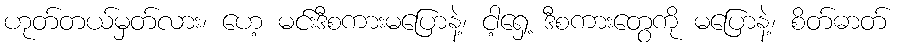
ဟုတ်တယ်မှတ်လား၊ ဟေ့ မင်းဒီစကားမပြောနဲ့၊ ငါ့ရှေ့ ဒီစကားတွေကို မပြောနဲ့၊ စိတ်ဓာတ်